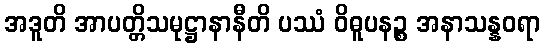
အဒူတိ အာပတ္တိသမုဋ္ဌာနာနီတိ ပဿံ ဝိဓူပနဉ္စ အနာသန္နဝရာ